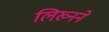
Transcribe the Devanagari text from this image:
लिख्नने